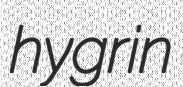
hygrin